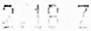
2.18 Z